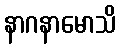
နာဂနာမောသိ